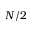
N / 2